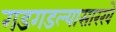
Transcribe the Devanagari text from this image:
गडगडल्यासारखे